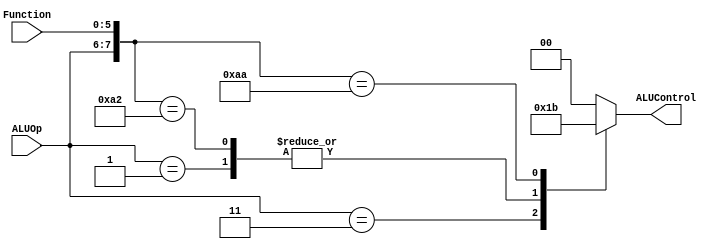
`timescale 1ns / 1ps
//////////////////////////////////////////////////////////////////////////////////
// Company: 
// Engineer: 
// 
// Design Name: 
// Module Name: ALUControl_Block
// Project Name: 
// Target Devices: 
// Tool Versions: 
// Description: 
// 
// Dependencies: 
// 
// Revision:
// Revision 0.01 - File Created
// Additional Comments:
// 
//////////////////////////////////////////////////////////////////////////////////


module ALUControl_Block(
ALUControl, 
ALUOp,
Function
);

output [1:0] ALUControl;
reg [1:0] ALUControl;
input [1:0] ALUOp;
input [5:0] Function;
wire [7:0] ALUControlIn;


assign ALUControlIn = {ALUOp,Function};

always @(ALUControlIn)

casex (ALUControlIn)
 8'b11xxxxxx: ALUControl=2'b01;
 8'b00xxxxxx: ALUControl=2'b00;
 8'b01xxxxxx: ALUControl=2'b10;
 8'b10100000: ALUControl=2'b00;
 8'b10100010: ALUControl=2'b10;
 8'b10101010: ALUControl=2'b11;
 default: ALUControl=2'b00;
 
 endcase
endmodule